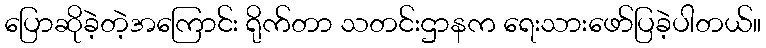
ပြောဆိုခဲ့တဲ့အကြောင်း ရိုက်တာ သတင်းဌာနက ရေးသားဖော်ပြခဲ့ပါတယ်။